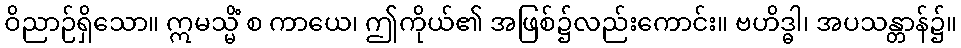
ဝိညာဉ်ရှိသော။ ဣမသ္မိံ စ ကာယေ၊ ဤကိုယ်၏ အဖြစ်၌လည်းကောင်း။ ဗဟိဒ္ဓါ၊ အပသန္တာန်၌။